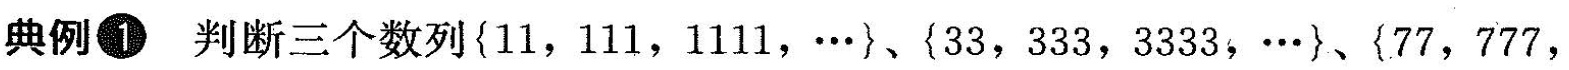
典例1 判断三个数列{11，111，1111，…}、{33，333，3333，…}、{77，777，